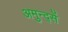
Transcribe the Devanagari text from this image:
अमुन्द्सें